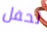
لحفل